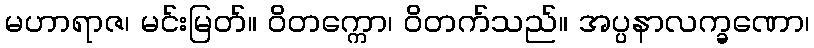
မဟာရာဇ၊ မင်းမြတ်။ ဝိတက္ကော၊ ဝိတက်သည်။ အပ္ပနာလက္ခဏော၊